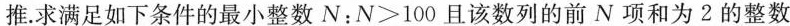
推,求满足如下条件的最小整数N:$$N ＞ 1 0 0$$且该数列的前N项和为2的整数